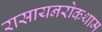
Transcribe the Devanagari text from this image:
रासायनरोकथाम